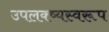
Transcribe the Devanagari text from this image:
उपलक्ष्यस्वरूप